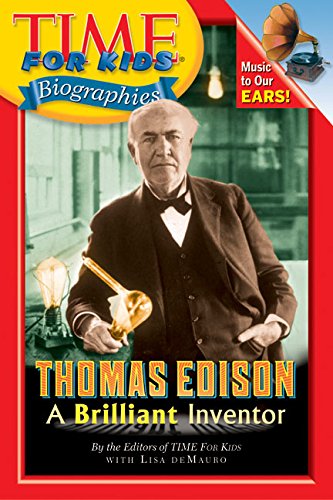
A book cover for Time For Kids: Thomas Edison: A Brilliant Inventor (Time for Kids Biographies); Editors of TIME For Kids; Children's Books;